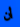
أن